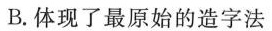
B.体现了最原始的造字法